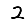
Digit: 2